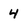
Character: 4